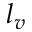
l _ { v }